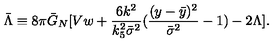
\bar { \Lambda } \equiv 8 \pi \bar { G } _ { N } [ V w + \frac { 6 k ^ { 2 } } { k _ { 5 } ^ { 2 } \bar { \sigma } ^ { 2 } } ( \frac { ( y - \bar { y } ) ^ { 2 } } { \bar { \sigma } ^ { 2 } } - 1 ) - 2 \Lambda ] .